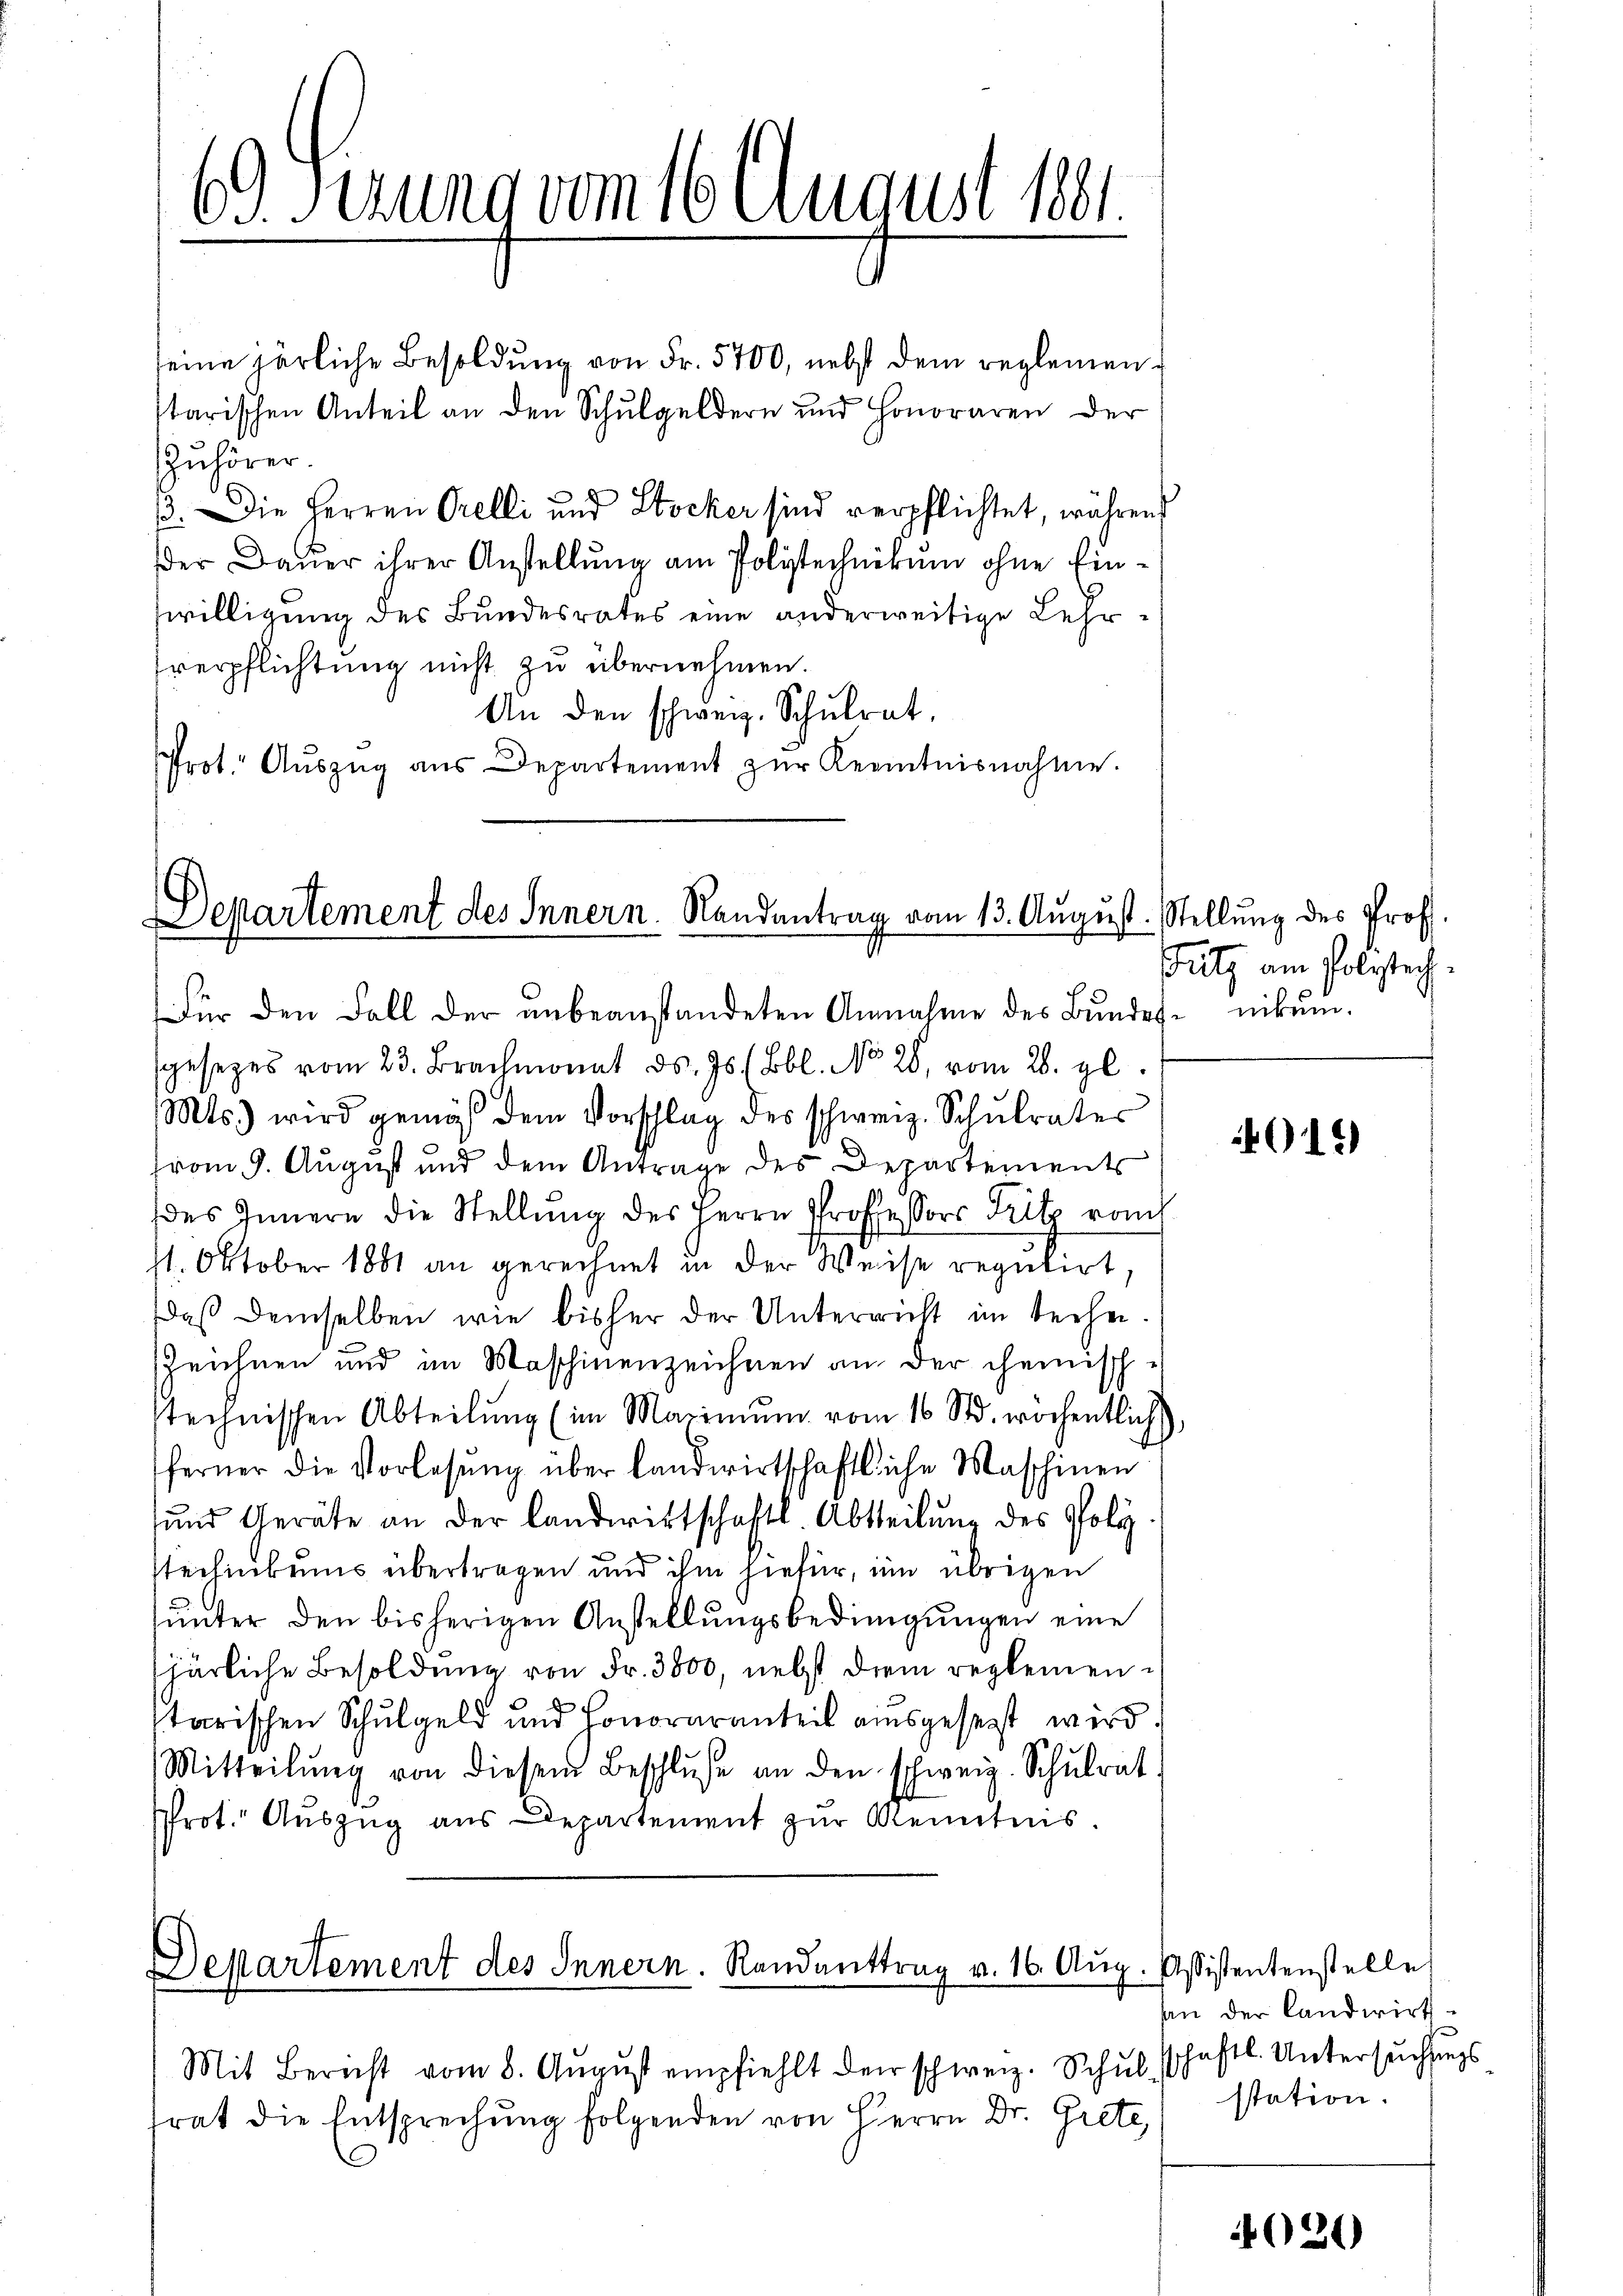
69 derung vom 16. August 1881.

seine härliche Besoldung von Fr. 5700, nebst dem reglementarischen Anteil an den Schulgeldern und Honoraren der
Zuhörer.
3. Die Herren Orelli und Stocker sind verpflichtet, während
der Dauer ihrer Anstellung am Polytechnikum ohne Einwilligung des Bundesrates eine anderweitige Lehrverpflichtung nicht zu übernehmen.
An den schweiz. Schŭlrat.
Prot. Aŭszŭg aŭs Departement zŭr Kenntnisnahme.

Departement des Innern. Randantrag vom 13. August. Stellung des Prof.

Departement des Innern. Randanttrag v. 16. Aug.

sgesetzes vom 23. Brachmonat d. Js. (Bbl. No 26. vom 28. gl.
Mts.) wird gemäß dem Vorschlag des schweiz. Schŭlrates
(vom 9. August und dem Antrage des Departements
des Innern die Stellŭng des Herrn Professors Fritz ronch
1. Oktober 1881 an gerechnet in der Weise regulirt,
daß demselben wie bisher der Unterricht im techen.
Zeichnen und im Maschinenzeichnen an der Gemisch-
technischen Abteilŭng (im Maximŭm vom 16 Std. wöchentlich)
ferner die Vorlesung über landwirtschaftliche Maschinen
sund Geräte an der Landwirtschaftl. Abtheilung des Polytechinkens übertragen und ihm hiefür, im übrigen
ŭnter den bisherigen Anstellŭngsbedingŭngen eine
spärliche Besoldung von Fr. 3800, nebst diem reglementarischen Schulgeld und Honoraranteil ausgesezt wird
Mitteilŭng von diesem Beschlŭse an den schweiz. Schŭlrat
Prot. Aŭszŭg aŭs Departement zŭr Kenntnis.

Mit Berecht vom 8. Aŭgŭst empfiehlt der schweiz. Schŭlhaftl. Untersŭchŭngs
frat die Entsprechung folgenden von Herrn Dr. Grete,

Für den Fall der unbeanstandeten Annahme des Bundes- nikum.

Fritz am Polytech

Assistentenstelle
an der Landwirthstation.

4015)

4021)